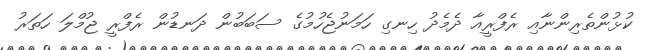
ކުޅުންތެރިންނާއި ރެފްރީއާ ދެމެދު ހިނގި ހަމަނުޖެހުމުގެ ސަބަބުން ދަނޑުން ރެފްރީ ޖުމްލަ ހަތަރު